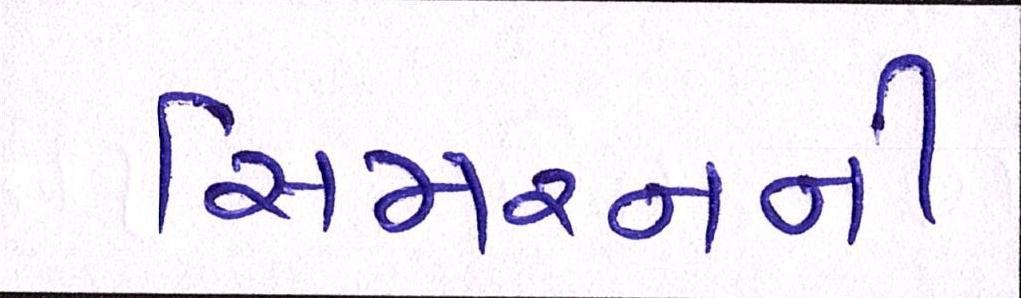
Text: સિમરનની